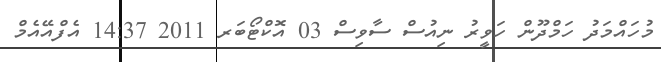
މުހައްމަދު ހަމްދޫން ހަވީރު ނިއުސް ސާވިސް 03 އޮކްޓޯބަރ 2011 14:37 އެފްއޭއެމް